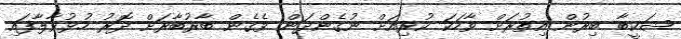
ޝަކީބާ ބިރުން އިތުރަށް ވާހަކަ ކުރިއަށް ނުގެންދަން ވެގެން ބާރުބާރަށް ދޮރު ހުޅުވާލާފައި